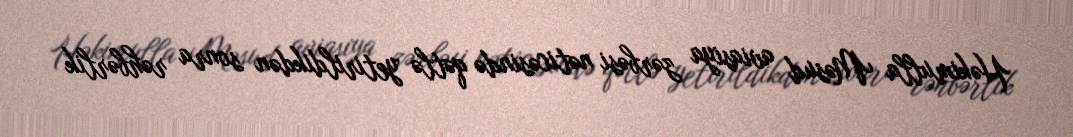
Həkimulla Məsud aviasiya zərbəsi nəticəsində qətlə yetirildikdən sonra rəhbərlik